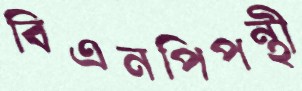
বিএনপিপন্থী